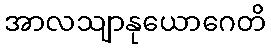
အာလသျာနုယောဂေတိ